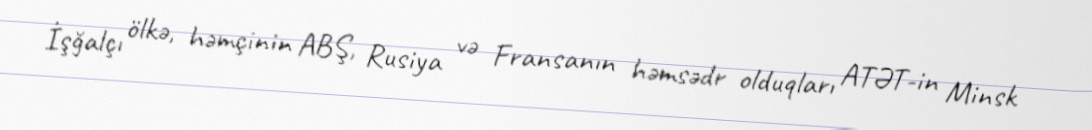
İşğalçı ölkə, həmçinin ABŞ, Rusiya və Fransanın həmsədr olduqları ATƏT-in Minsk